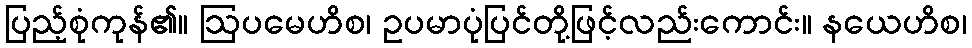
ပြည့်စုံကုန်၏။ ဩပမေဟိစ၊ ဥပမာပုံပြင်တို့ဖြင့်လည်းကောင်း။ နယေဟိစ၊